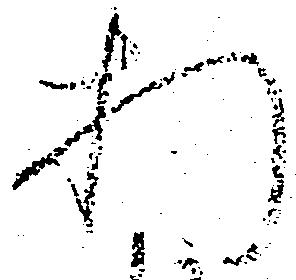
折